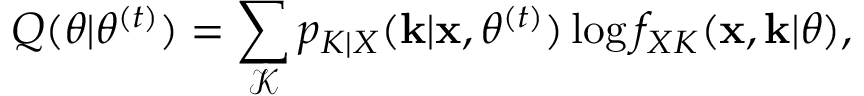
Q ( \theta | \theta ^ { ( t ) } ) = \sum _ { \mathcal K } p _ { K | X } ( \mathbf k | \mathbf x , \theta ^ { ( t ) } ) \log f _ { X K } ( \mathbf x , \mathbf k | \theta ) ,